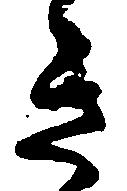
き